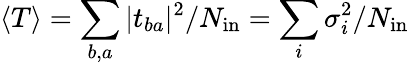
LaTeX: \langle T\rangle=\sum_{b,a}|t_{ba}|^{2}/{N_{\mathrm{in}}}={\sum_{i}\sigma_{i}^{2}}/{N_{\mathrm{in}}}